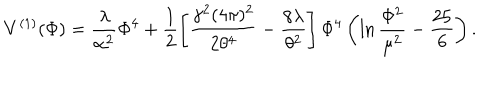
LaTeX: V ^ { ( 1 ) } ( \Phi ) = \frac { \lambda } { \alpha ^ { 2 } } \Phi ^ { 4 } + \frac { 1 } { 2 } \left[ \frac { \gamma ^ { 2 } ( 4 \pi ) ^ { 2 } } { 2 \theta ^ { 4 } } - \frac { 8 \lambda } { \theta ^ { 2 } } \right] \Phi ^ { 4 } \left( \ln \frac { \Phi ^ { 2 } } { \mu ^ { 2 } } - \frac { 2 5 } { 6 } \right) .